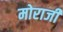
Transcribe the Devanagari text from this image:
मोराजी